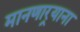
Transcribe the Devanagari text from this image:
मानणार्‍याना